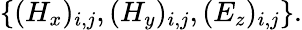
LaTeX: \{ (H_{x})_{i,j},(H_{y})_{i,j},(E_{z})_{i,j}\} .